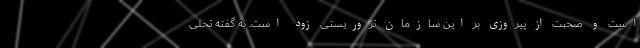
است و صحبت از پیروزی بر این سازمان تروریستی زود است. به گفته تحلی